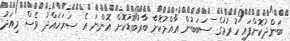
ބަންދުކޮށްފައި ހުރުމުގެ ސަބަބުން އާއްމުކޮށް ބާރުބޮޑުކޮށް އޮންނަ އެ ސަރަހައްދު ވެސް މިއަދު